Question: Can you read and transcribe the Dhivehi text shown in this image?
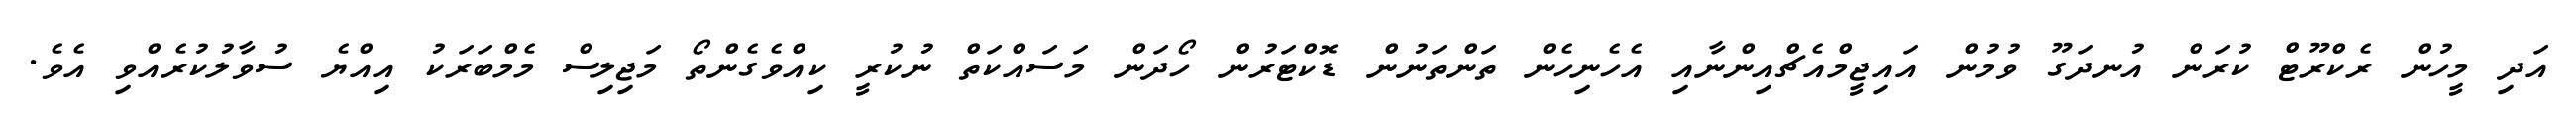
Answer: އަދި މީހުން ރެކްރޫޓް ކުރަން އުނދަގޫ ވުމުން އައިޖީމްއެޗްއިންނާއި އެހެނިހެން ތަންތަނުން ޑޮކްޓަރުން ހޯދަން މަސައްކަތް ނުކުރީ ކިއްވެގެންތޯ މަޖިލިސް މެމްބަރަކު އިއްޔެ ސުވާލުކުރެއްވި އެވެ.